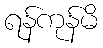
ရန်ကုန်မိ